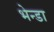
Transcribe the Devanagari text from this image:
भेन्डा